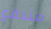
مندفع